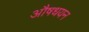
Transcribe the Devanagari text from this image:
औषधयन